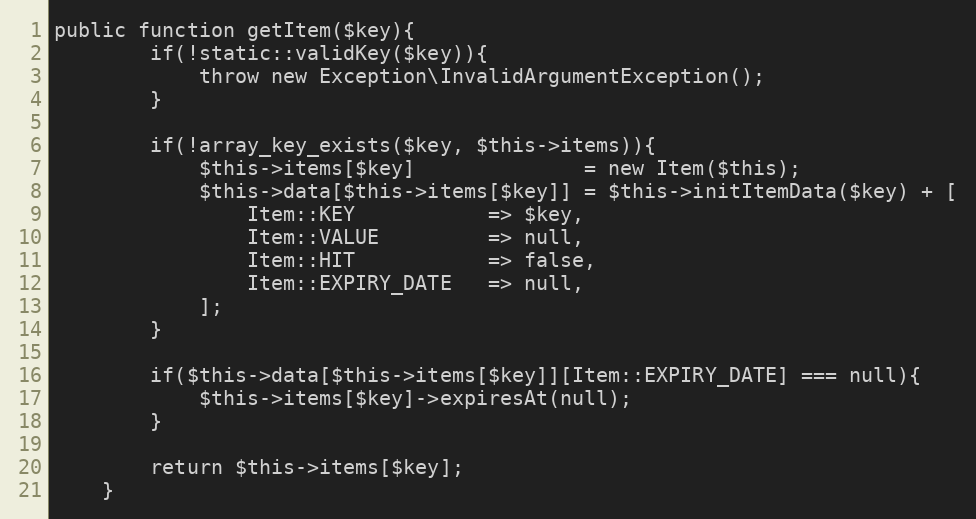
Language: PHP
public function getItem($key){
        if(!static::validKey($key)){
            throw new Exception\InvalidArgumentException();
        }

        if(!array_key_exists($key, $this->items)){
            $this->items[$key]              = new Item($this);
            $this->data[$this->items[$key]] = $this->initItemData($key) + [
                Item::KEY           => $key,
                Item::VALUE         => null,
                Item::HIT           => false,
                Item::EXPIRY_DATE   => null,
            ];
        }

        if($this->data[$this->items[$key]][Item::EXPIRY_DATE] === null){
            $this->items[$key]->expiresAt(null);
        }

        return $this->items[$key];
    }